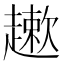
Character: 𲃒